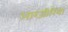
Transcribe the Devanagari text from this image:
आरजीरिया